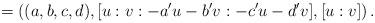
LaTeX: \begin{align*} = \left((a,b,c,d),[u:v:-a'u-b'v:-c'u-d'v],[u:v]\right). \end{align*}